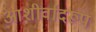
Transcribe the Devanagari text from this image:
आशीर्वादरूप